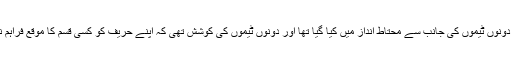
میچ کا آغاز دونوں ٹیموں کی جانب سے محتاط انداز میں کیا گیا تھا اور دونوں ٹیموں کی کوشش تھی کہ اپنے حریف کو کسی قسم کا موقع فراہم نہ کیا جائے۔